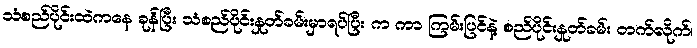
သံစည်ပိုင်းထဲကနေ ခုန်ပြီး သံစည်ပိုင်းနှုတ်ခမ်းမှာရပ်ပြီး က ကာ ကြမ်းပြင်နဲ့ စည်ပိုင်းနှုတ်ခမ်း တက်လိုက်၊